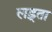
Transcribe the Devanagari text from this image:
लड़्ता